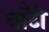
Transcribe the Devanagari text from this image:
घाँटी